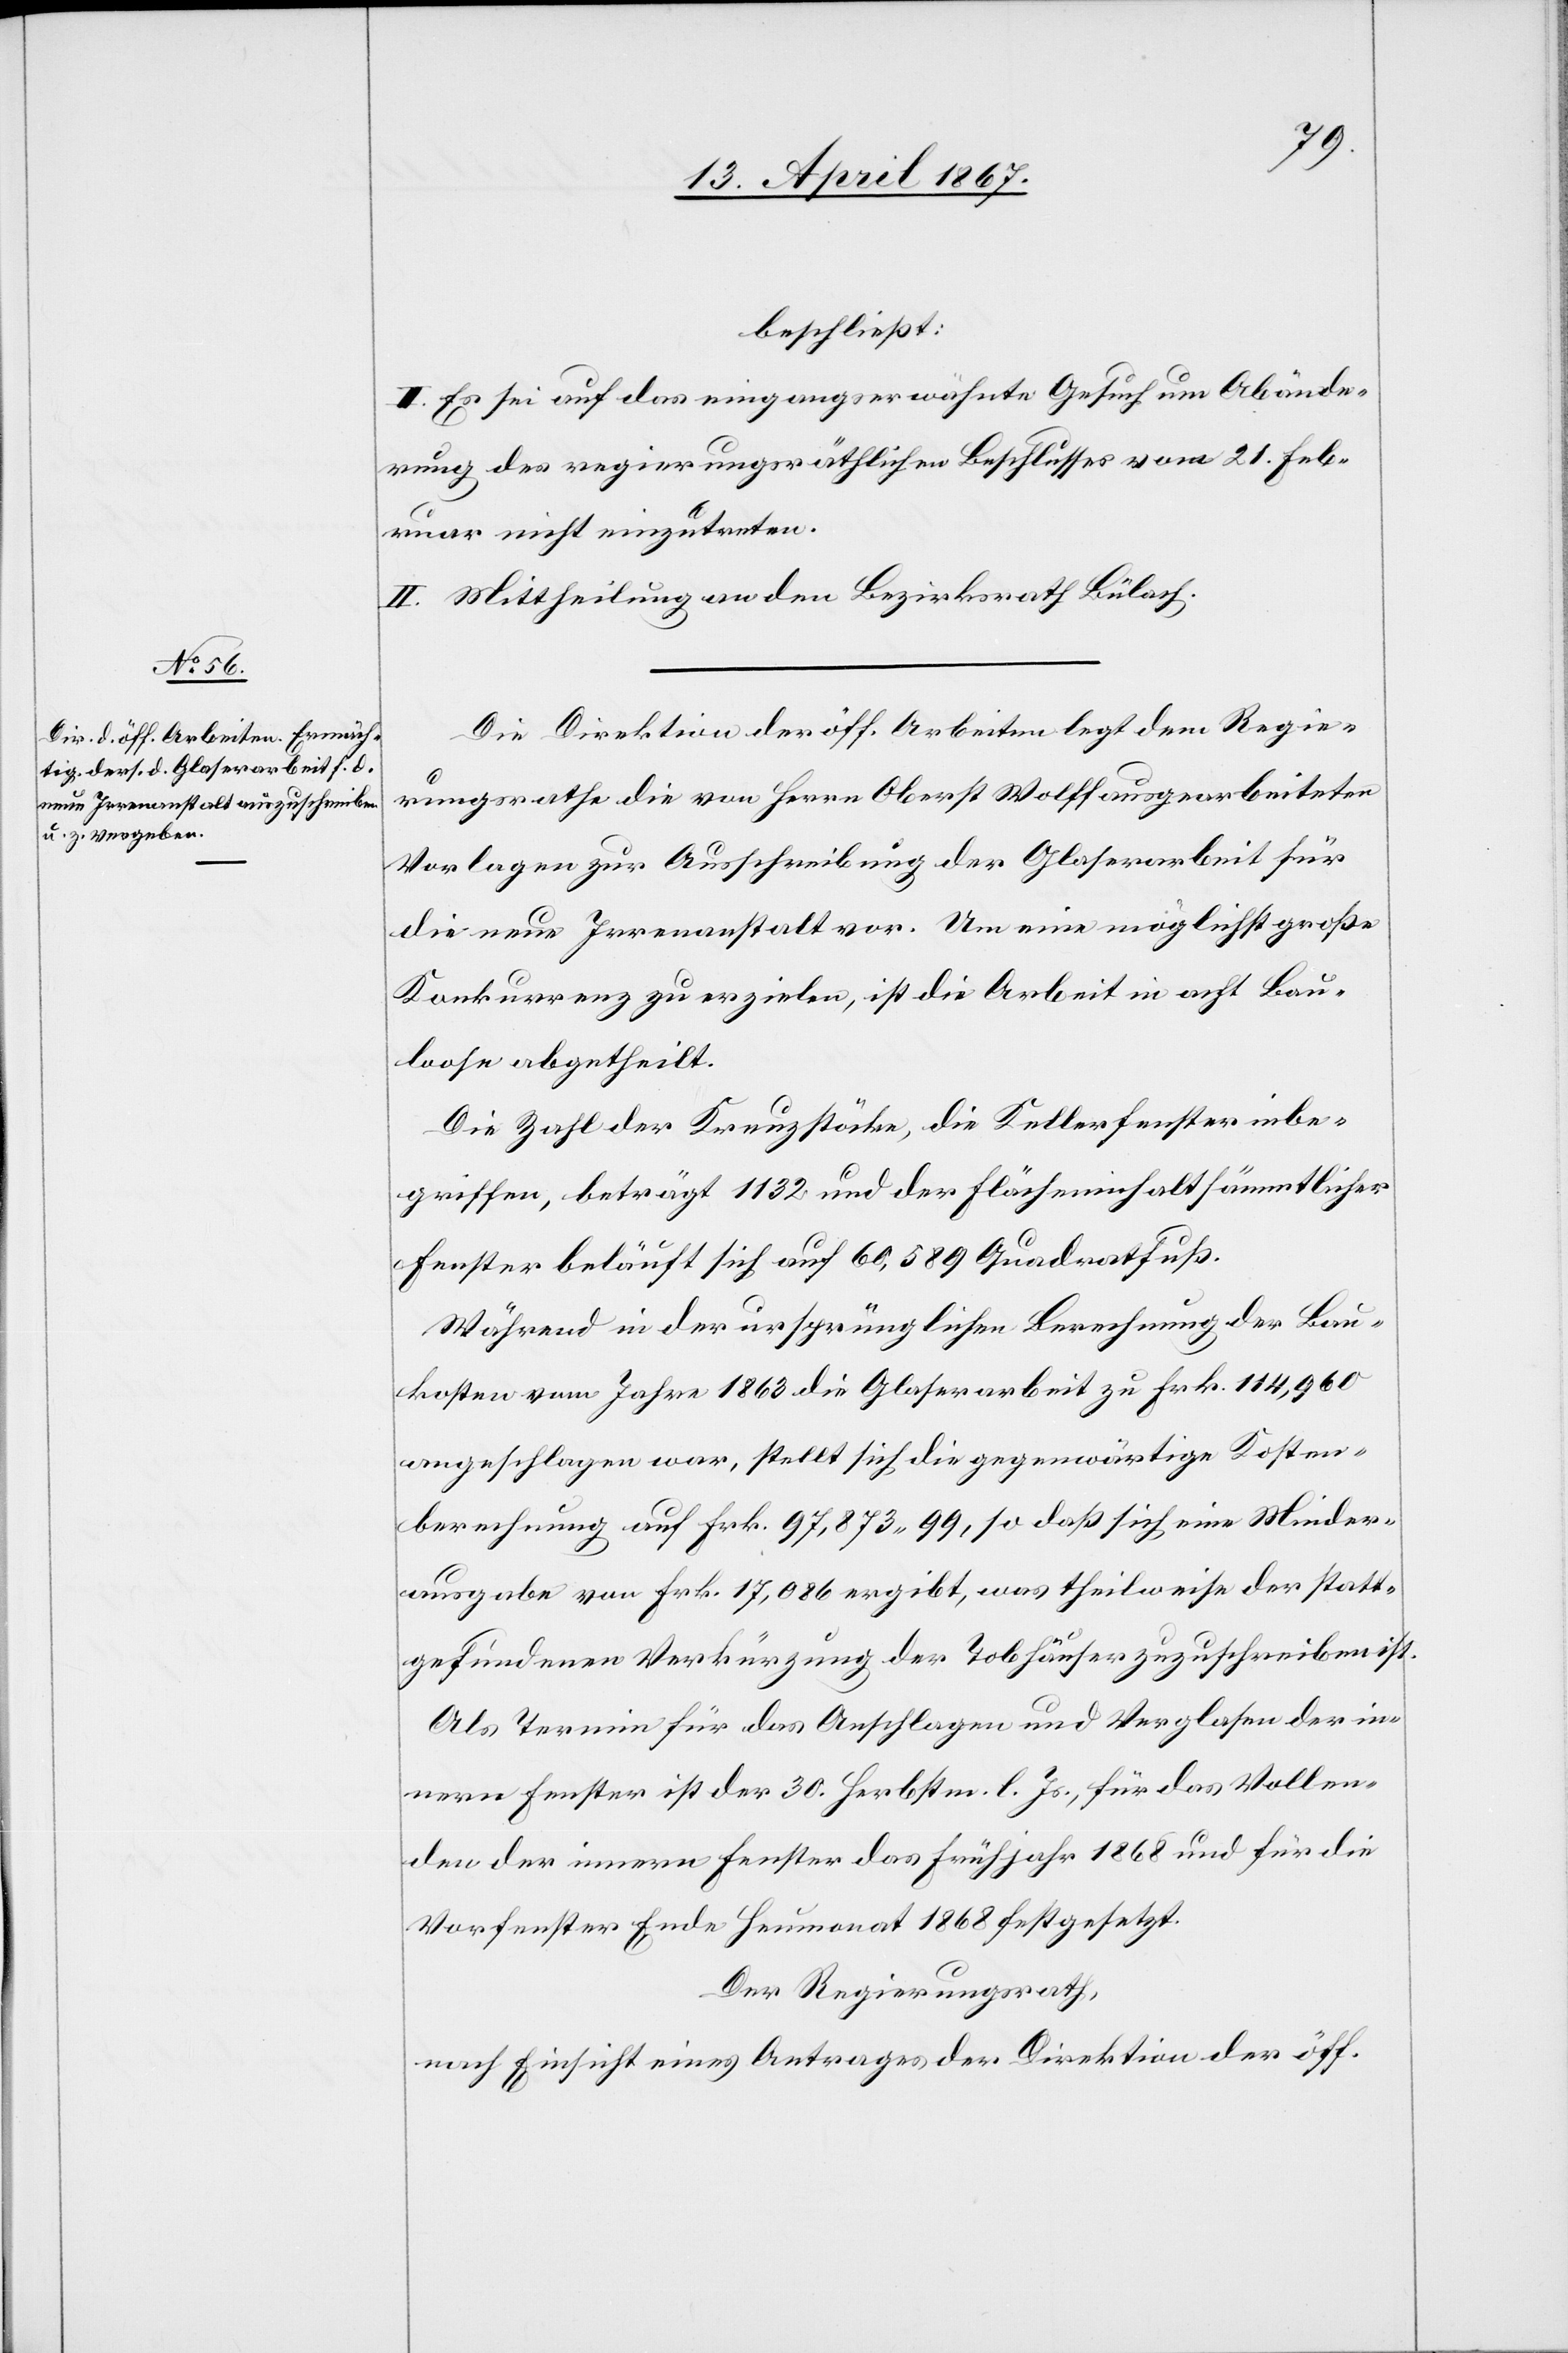
beschließt:
I. Es sei auf das eingangs erwähnte Gesuch um Abände¬
rung des regierungsräthlichen Beschlusses vom 21. Feb¬
ruar nicht einzutreten.
II. Mittheilung an den Bezirksrath Bülach.
Die Direktion der öff. Arbeiten legt dem Regie¬
rungsrathe die von Herrn Oberst Wolff ausgearbeiteten
Vorlagen zur Ausschreibung der Glaserarbeit für
die neue Irrenanstalt vor. Um eine möglichst große
Konkurrenz zu erzielen, ist die Arbeit in acht Bau¬
loose abgetheilt.
Die Zahl der Kreuzstöcke, die Kellerfenster inbe¬
griffen, beträgt 1132 und der Flächeninhalt sämmtlicher
Fenster beläuft sich auf 60,589 Quadratfuß.
Während in der ursprünglichen Berechnung der Bau¬
kosten vom Jahre 1863 die Glaserarbeit zu Frk. 114,960
angeschlagen war, stellt sich die gegenwärtige Kosten¬
berechnung auf Frk. 97,873. 99, so daß sich eine Minder¬
ausgab von Frk. 17,086 ergibt, was theilweise der statt¬
gefundenen Verkürzung der Tobhäuser zuzuschreiben ist.
Als Termin für das Anschlagen und Verglasen der in¬
neren Fenster ist der 30. Herbstm. l. Js., für das Vollen¬
den der innern Fenster das Frühjahr 1868 und für die
Vorfenster Ende Heumonat 1868 festgesetzt.
Der Regierungsrath,
nach Einsicht eines Antrages der Direktion der öff.